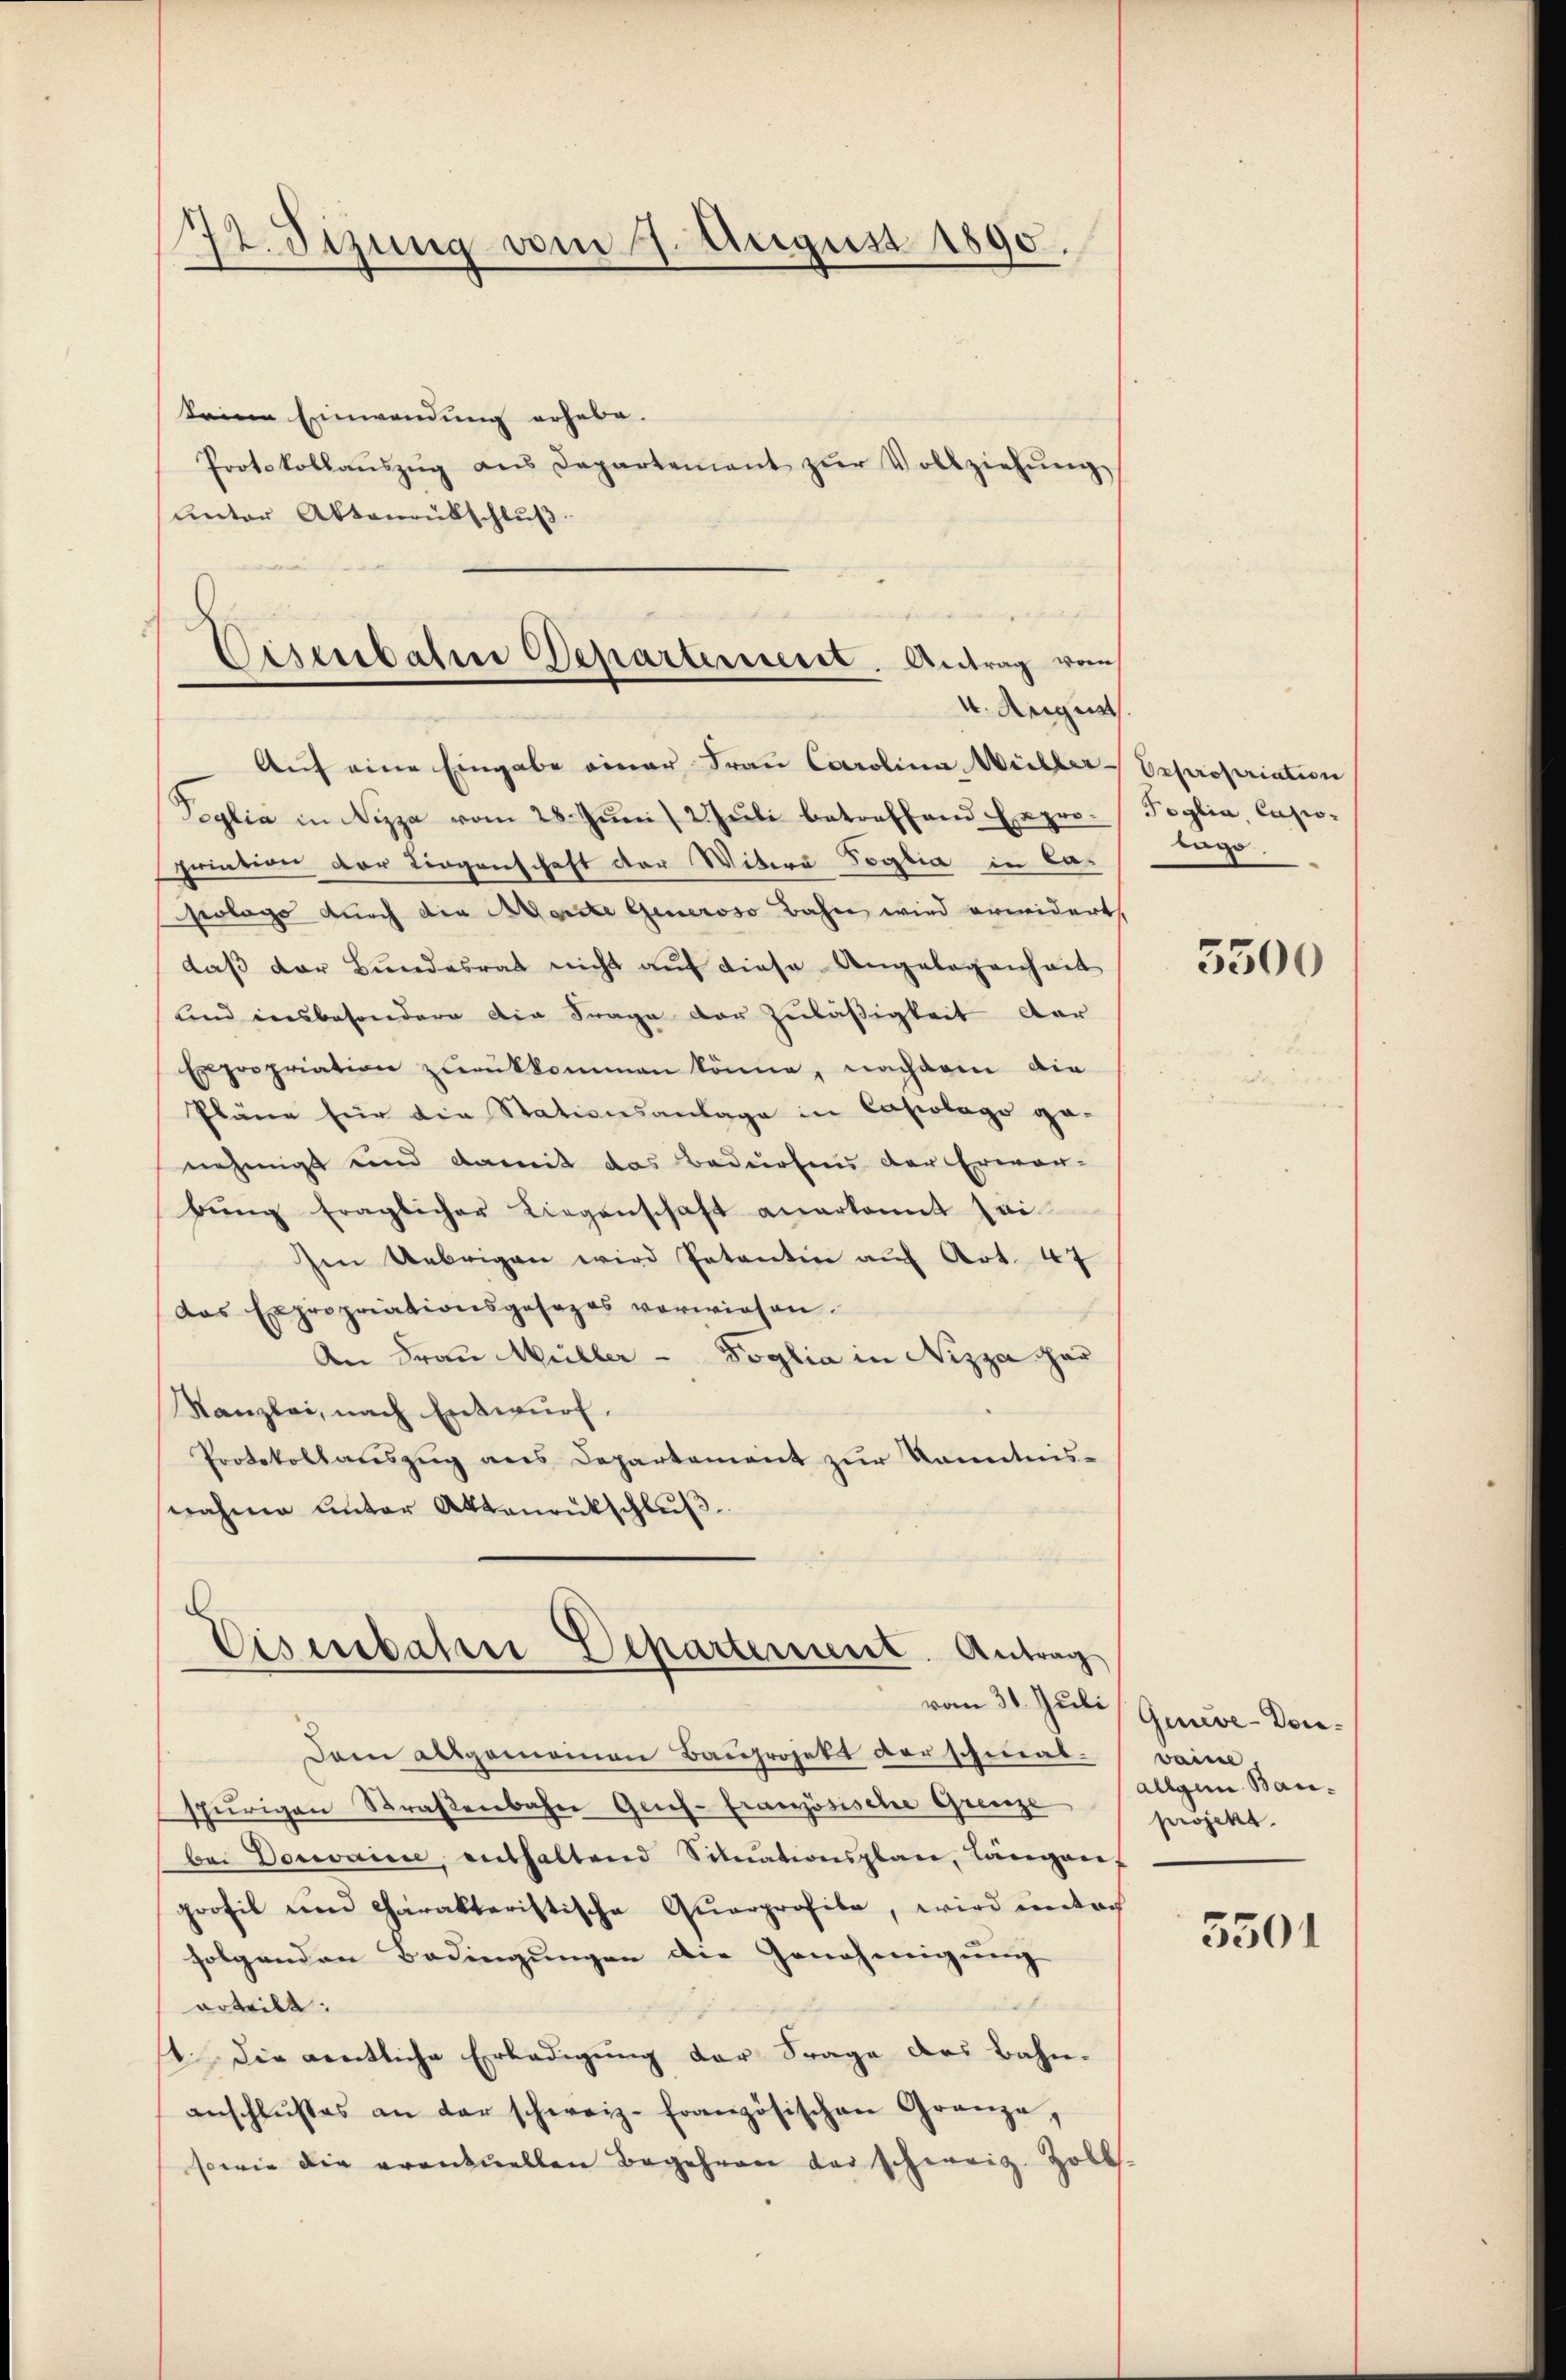
72. Sizung vom 7. August 1890.

keine Einwendung erhebe.
Protokollaŭszŭg ans Departement zŭr Vollziehŭng
unter Aktenrütschluß.

Auf eine Eingabe einer Frau Carolina Willer-Expropriation
oglia in Nizza vom 28. Juni / 2. Juli betreffend Expropriation der Liegenschaft der Witera Soglia in Capologo durch die erste Generoso Bahn wird erwidert,
daβ der Bŭndesrat nicht aŭf diese Angelegenheit
und insbesondere die Frage der Zuläßigkeit dar
Expropriation zurükkommen könne, nachdem die
Pläne für die Stationsanlage in Capolago ge-
nehmigt und damit das Bedürfnis der Erwar-
bŭng fraglicher Liegenschaft anerkannt sei
Ien Uebrigen wird Petentin auf Art. 47
Das Expropriationsgesezes verwiesen.
An Frau Müller - Poglia in Nizza gar
Kanzlei, nach Entwurf.
Protokollaŭszŭg ans Departement zŭr kanntnis-
nahme unter Aktenrütschlŭβ
Eisenbahn Departement. Antrag
vom 31. Juli
Dem Allgemeinen Bauprojekt der schnabspürigen Straβenbahne Geif- französische Grenze
bei Domaine, enthaltend Situationsplane, Längerf
profil und Charakteristische Querprofiba, wird unterh
folgenden Bedingungen die Genehmigung
erteilt.
n
1. Die gentliche Erledigung der Frage des Bahn-
anschlußes an der schweiz. französischen Granze,
sowie die eventuellen Begehren der schweiz. Zoll

Disenbahne Departement. Antrag vom
4. August

Toglia, Capio-
lage

5500

Quve-Donvaine.
allgem. Bauprojekt.

5501